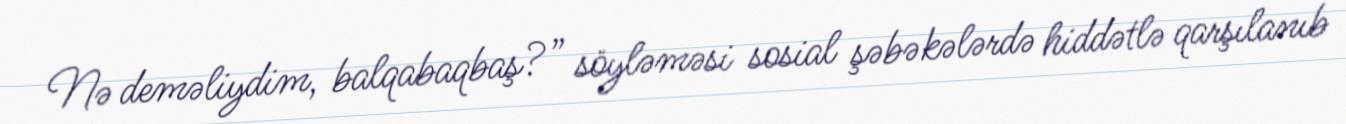
Nə deməliydim, balqabaqbaş?” söyləməsi sosial şəbəkələrdə hiddətlə qarşılanıb